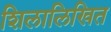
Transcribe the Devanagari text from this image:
शिलालिखित